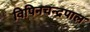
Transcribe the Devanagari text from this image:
विपिनचन्द्रपाल